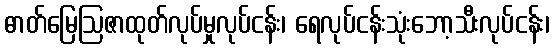
ဓာတ်မြေဩဇာထုတ်လုပ်မှုလုပ်ငန်း၊ ရေလုပ်ငန်းသုံးဘော့သီးလုပ်ငန်း၊